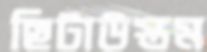
ছিটাউস্তম